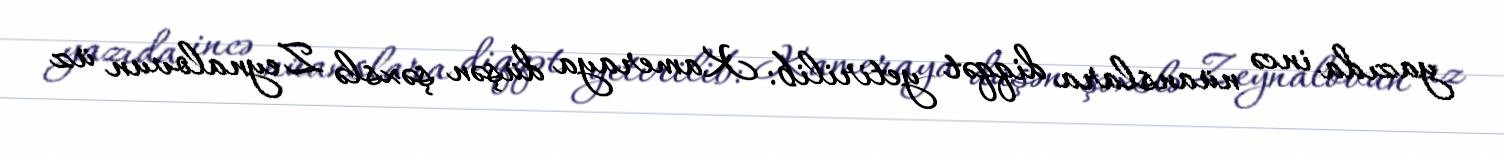
yazıda incə nüanslara diqqət yetirilib: Kameraya düşən şəxslə Zeynalovun üz